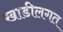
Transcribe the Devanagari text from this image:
खाडीलगत